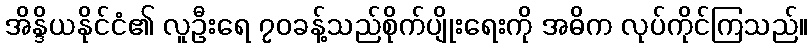
အိန္ဒိယနိုင်ငံ၏ လူဦးရေ ၇၀ခန့်သည်စိုက်ပျိုးရေးကို အဓိက လုပ်ကိုင်ကြသည်။